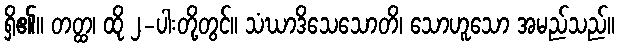
ရှိ၏။ တတ္ထ၊ ထို ၂-ပါးတို့တွင်။ သံဃာဒိသေသောတိ၊ သောဟူသော အမည်သည်။